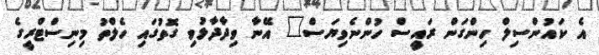
އެ ކައުންސިލް ހިންގަން ރައީސް ހުންނެވިޔަސް" އޭނާ ވިދާދާޅުވި ގޮތުގައި ހެލްތު މިނިސްޓްރީގެ